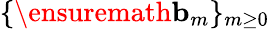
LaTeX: \{ \ensuremath{\mathbf{b}}_{m}\} _{m\geq 0}